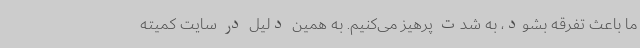
ما باعث تفرقه بشود، به شدت پرهیز می‌کنیم. به همین دلیل در سایت کمیته